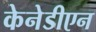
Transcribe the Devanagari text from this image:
केनेडीएन